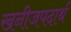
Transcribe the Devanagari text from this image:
खनीजपदार्थ